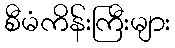
စီမံကိန်းကြီးများ